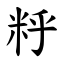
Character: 䉿